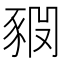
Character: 𧱊